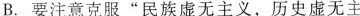
B.要注意克服”民族虚无主义，历史虚无主